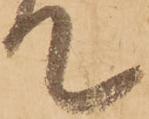
て